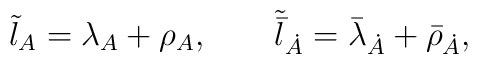
\tilde{{\l}}_{A}= \lambda_{A} + \rho_A , \qquad  \tilde{\bar{\l}}_{\dot{A}} = \bar{\lambda}_{\dot{A}} + \bar{\rho}_{\dot{A}} ,